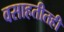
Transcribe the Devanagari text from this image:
वसाहतीतही